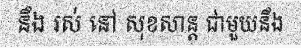
នឹង រស់ នៅ សុខសាន្ត ជាមួយនឹង